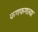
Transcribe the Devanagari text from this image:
फणफणल्या